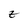
Character: Z